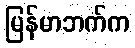
မြန်မာဘက်က